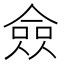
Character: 僉